Report of the Indian Hemp Drugs Commission, 1894-1895 - Volume III
Year: 1894
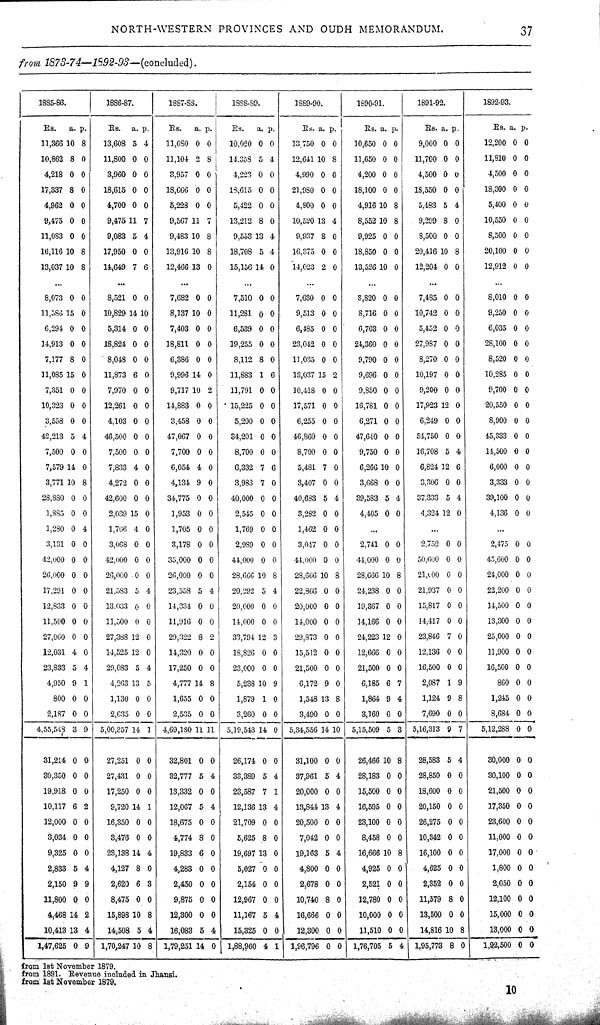
NORTH-WESTERN PROVINCES AND OUDH MEMORANDUM.
37
from 1873-74—1892-93—(concluded).
1885-86.
1886-87.
1887-88.
1888-89.
1889-90.
1890-91.
1891-92.
1892-93.
Rs.
a. p.
Rs. a. p.
Rs.
a. p.
Rs.
a. p.
Rs. a. p.
Rs. a. p.
Rs. a. p.
Rs. a. p.
11,366 10 8
13,608 5 4
11,080 0 0
10,020 0 0
13,750 0 0
10,650 0 0
9,000 0 0
12,200 0 0
10,862 8 0
11,800 0 0
11,104 2 8
14,353 5 4
12,641 10 8
11,650 0 0
11,700 0 0
11,810 0 0
4,218 0 0
3,960 0 0
3,957 0 0
4,223 0 0
4,990 0 0
4,200 0 0
4,500 0 0
4,500 0 0
17,837 8 0
18,615 0 0
18,666 0 0
18,615 0 0
21,980 0 0
18,100 0 0
18,550 0 0
18,300 0 0
4,962 0 0
4,700 0 0
5,228 0 0
5,422 0 0
4,800 0 0
4,916 10 8
5,483 5 4
5,400 0 0
9,475 0 0
9,475 11 7
9,567 11 7
13,212 8 0
10,520 13 4
8,552 10 8
9,299 8 0
10,550 0 0
11,083 0 0
9,083 5 4
9,483 10 8
9,553 13 4
9,937 8 0
9,925 0 0
8,500 0 0
8,500 0 0
16,116 10 8
17,950 0 0
13,916 10 8
18,708 5 4
16,375 0 0
18,850 0 0
20,416 10 8
20,100 0 0
13,037 10 8
14,649 7 6
12,466 13 0
15,156 14 0
14,023 2 0
13,526 10 0
12,204 0 0
12,912 0 0
8,073 0 0
8,521 0 0
7,682 0 0
7,510 0 0
7,630 0 0
8,820 0 0
7,485 0 0
8,010 0 0
11,586 15 0
10,829 14 10
8,137 10 0
11,281 0 0
9,513 0 0
8,716 0 0
10,742 0 0
9,250 0 0
6,294 0 0
5,314 0 0
7,403 0 0
6,539 0 0
6,485 0 0
6,763 0 0
5,452 0 0
6,035 0 0
14,913 0 0
18,824 0 0
18,811 0 0
19,255 0 0
23,042 0 0
24,360 0 0
27,987 0 0
28,100 0 0
7,177 8 0
8,048 0 0
6,386 0 0
8,112 8 0
11,035 0 0
9,790 0 0
8,270 0 0
8,520 0 0
11,085 15 0
11,873 6 0
9,996 14 0
11,883 1 6
13,037 15 2
9,696 0 0
10,197 0 0
10,285 0 0
7,351 0 0
7,970 0 0
9,717 10 2
11,791 0 0
10,418 0 0
9,850 0 0
9,200 0 0
9,700 0 0
10,323 0 0
12,261 0 0
14,883 0 0
15,225 0 0
17,571 0 0
16,781 0 0
17,923 12 0
20,550 0 0
3,558 0 0
4,103 0 0
3,458 0 0
5,200 0 0
6,255 0 0
6,271 0 0
6,249 0 0
8,900 0 0
42,213 5 4
46,500 0 0
47,067 0 0
34,201 0 0
46,860 0 0
47,640 0 0
54,750 0 0
45,333 0 0
7,500 0 0
7,500 0 0
7,700 0 0
8,700 0 0
8,700 0 0
9,750 0 0
16,708 5 4
11,500 0 0
7,579 14 0
7,833 4 0
6,054 4 0
6,332 7 6
5,481 7 0
6,266 10 0
6,824 12 6
6,000 0 0
3,771 10 8
4,272 0 0
4,134 9 0
3,983 7 0
8,407 0 0
3,668 0 0
3,306 0 0
3,333 0 0
28,880 0 0
42,600 0 0
34,775 0 0
40,000 0 0
40,683 5 4
39,583 5 4
37,333 5 4
39,100 0 0
1,885 0 0
2,039 15 0
1,953 0 0
2,545 0 0
3,282 0 0
4,405 0 0
4,324 12 0
4,136 0 0
1,280 0 4
1,766 4 0
1,705 0 0
1,769 0 0
1,462 0 0
3,131 0 0
3,068 0 0
3,178 0 0
2,989 0 0
3,047 0 0
2,741 0 0
2,752 0 0
2,475 0 0
42,000 0 0
42,000 0 0
35,000 0 0
41,000 0 0
44,000 0 0
44,000 0 0
50,600 0 0
45,600 0 0
26,000 0 0
20,000 0 0
26,000 0 0
28,666 10 8
28,666 10 8
28,666 10 8
21,100 0 0
24,000 0 0
17,291 0 0
21,583 5 4
23,558 5 4
20,292 5 4
22,866 0 0
24,238 0 0
21,937 0 0
22,200 0 0
12,833 0 0
13,033 0 0
14,334 0 0
20,000 0 0
20,000 0 0
19,367 0 0
15,817 0 0
14,500 0 0
11,500 0 0
11,500 0 0
11,916 0 0
14,000 0 0
14,000 0 0
14,166 0 0
14,417 0 0
13,300 0 0
27,060 0 0
27,388 12 0
29,322 8 2
33,794 12 3
29,873 0 0
24,223 12 0
23,846 7 0
25,000 0 0
12,031 4 0
14,525 12 0
14,320 0 0
18,826 0 0
15,512 0 0
12,666 0 0
12,136 0 0
11,900 0 0
23,833 5 4
29,083 5 4
17,250 0 0
23,000 0 0
21,500 0 0
21,500 0 0
16,500 0 0
16,500 0 0
4,950 9 1
4,263 13 5
4,777 14 8
5,238 10 9
6,172 9 0
6,185 6 7
2,087 1 9
860 0 0
800 0 0
1,130 0 0
1,655 0 0
1,879 1 0
1,548 13 8
1,864 9 4
1,124 9 8
1,245 0 0
2,187 0 0
2,635 0 0
2,535 0 0
3,260 0 0
3,490 0 0
3,160 0 0
7,690 0 0
8,684 0 0
4,55,548 3 9
5,00,857 14 1 4,69,180 11 11 5,19,543 14 0 5,34,556 14 10 5,15,509 5 3 5,16,313 9 7
5,12,288 0 0
31,214 0 0
27,251 0 0
32,801 0 0
26,174 0 0
31,100 0 0
26,466 10 8
28,583 5 4
30,000 0 0
30,350 0 0
27,431 0 0
32,777 5 4
33,389 5 4
37,961 5 4
28,183 0 0
28,850 0 0
30,100 0 0
19,918 0 0
17,250 0 0
13,332 0 0
23,587 7 1
20,000 0 0
15,500 0 0
18,600 0 0
21,500 0 0
10,117 6 2
9,720 14 1
12,067 5 4
12,136 13 4
13,844 13 4
16,595 0 0
20,150 0 0
17,350 0 0
12,000 0 0
16,350 0 0
18,675 0 0
21,709 0 0
20,500 0 0
23,100 0 0
26,275 0 0
23,600 0 0
3,034 0 0
3,476 0 0
4,774 8 0
5,625 8 0
7,042 0 0
8,458 0 0
10,342 0 0
11,000 0 0
9,325 0 0
28,18 14 4
19,833 6 0
19,697 13 0
19,163 5 4
16,666 10 8
16,100 0 0
17,000 0 0
2,833 5 4
4,127 8 0
4,283 0 0
5,027 0 0
4,800 0 0
4,925 0 0
4,625 0 0
1,800 0 0
2,150 9 9
2,620 6 3
2,450 0 0
2,154 0 0
2,678 0 0
2,521 0 0
2,352 0 0
2,050 0 0
11,800 0
0
8,475 0 0
9,875 0 0
12,967 0 0
10,740 8 0
12,780 0 0
11,579 8 0
12,100 0 0
4,468 14 2
15,898 10 8
12,300 0 0
11,167 5 4
16,666 0 0
10,000 0 0
13,500 0 0
15,000 0 0
10,418 13 4
14,508 5 4
16,083 5 4
15,325 0 0
12,300 0 0
11,510 0 0
14,816 10 8
13,000 0 0
1,47,625 0 9
1,70,247 10 8 1,79,251 14 0
1,88,960 4 1
1,96,796 0 0
1,76,705 5 4 1,95,773 8 0
1,92,500 0 0
from 1st November 1879.
from 1891. Revenue included in Jhansi
from 1st November 1879.
10